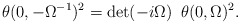
\begin{align*}\theta (0, -\Omega^{-1})^2 = \det (-i\Omega)\,\,\, \theta(0,\Omega)^2.\end{align*}